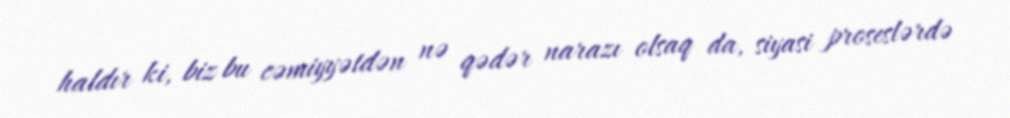
haldır ki, biz bu cəmiyyətdən nə qədər narazı olsaq da, siyasi proseslərdə